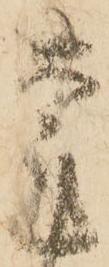
謹